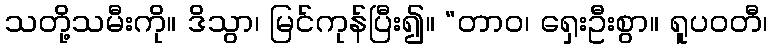
သတို့သမီးကို။ ဒိသွာ၊ မြင်ကုန်ပြီး၍။ “တာဝ၊ ရှေးဦးစွာ။ ရူပဝတီ၊